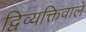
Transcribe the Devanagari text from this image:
द्विव्यक्तिवाले